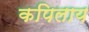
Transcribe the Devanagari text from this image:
कपिलाय